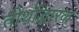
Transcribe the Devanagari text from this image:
तीर्थोद्धारक